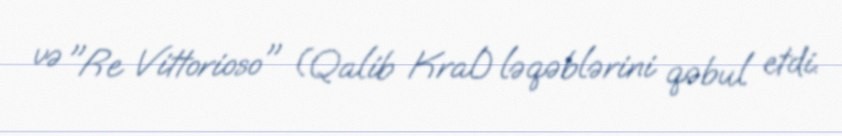
və "Re Vittorioso" (Qalib Kral) ləqəblərini qəbul etdi.